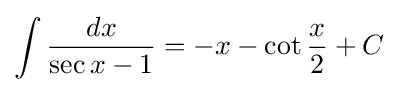
\int {\frac {dx}{\sec {x}-1}}=-x-\cot {\frac {x}{2}}+C